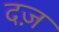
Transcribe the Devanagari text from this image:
दज़